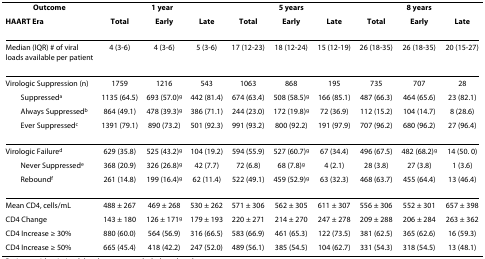
<table><thead><tr><td><b>Outcome</b></td><td colspan="3"><b>1 year</b></td><td colspan="3"><b>5 years</b></td><td colspan="3"><b>8 years</b></td></tr><tr><td><b>HAART Era</b></td><td><b>Total</b></td><td><b>Early</b></td><td><b>Late</b></td><td><b>Total</b></td><td><b>Early</b></td><td><b>Late</b></td><td><b>Total</b></td><td><b>Early</b></td><td><b>Late</b></td></tr></thead><tbody><tr><td>Median (IQR) # of viral loads available per patient</td><td>4 (3-6)</td><td>4 (3-6)</td><td>5 (3-6)</td><td>17 (12-23)</td><td>18 (12-24)</td><td>15 (12-19)</td><td>26 (18-35)</td><td>26 (18-35)</td><td>20 (15-27)</td></tr><tr><td>Virologic Suppression (n)</td><td>1759</td><td>1216</td><td>543</td><td>1063</td><td>868</td><td>195</td><td>735</td><td>707</td><td>28</td></tr><tr><td> Suppressed<sup>a</sup></td><td>1135 (64.5)</td><td>693 (57.0)<sup>g</sup></td><td>442 (81.4)</td><td>674 (63.4)</td><td>508 (58.5)<sup>g</sup></td><td>166 (85.1)</td><td>487 (66.3)</td><td>464 (65.6)</td><td>23 (82.1)</td></tr><tr><td> Always Suppressed<sup>b</sup></td><td>864 (49.1)</td><td>478 (39.3)<sup>g</sup></td><td>386 (71.1)</td><td>244 (23.0)</td><td>172 (19.8)<sup>g</sup></td><td>72 (36.9)</td><td>112 (15.2)</td><td>104 (14.7)</td><td>8 (28.6)</td></tr><tr><td> Ever Suppressed<sup>c</sup></td><td>1391 (79.1)</td><td>890 (73.2)</td><td>501 (92.3)</td><td>991 (93.2)</td><td>800 (92.2)</td><td>191 (97.9)</td><td>707 (96.2)</td><td>680 (96.2)</td><td>27 (96.4)</td></tr><tr><td>Virologic Failure<sup>d</sup></td><td>629 (35.8)</td><td>525 (43.2)<sup>g</sup></td><td>104 (19.2)</td><td>594 (55.9)</td><td>527 (60.7)<sup>g</sup></td><td>67 (34.4)</td><td>496 (67.5)</td><td>482 (68.2)<sup>g</sup></td><td>14 (50. 0)</td></tr><tr><td> Never Suppressed<sup>e</sup></td><td>368 (20.9)</td><td>326 (26.8)<sup>g</sup></td><td>42 (7.7)</td><td>72 (6.8)</td><td>68 (7.8)<sup>g</sup></td><td>4 (2.1)</td><td>28 (3.8)</td><td>27 (3.8)</td><td>1 (3.6)</td></tr><tr><td> Rebound<sup>f</sup></td><td>261 (14.8)</td><td>199 (16.4)<sup>g</sup></td><td>62 (11.4)</td><td>522 (49.1)</td><td>459 (52.9)<sup>g</sup></td><td>63 (32.3)</td><td>468 (63.7)</td><td>455 (64.4)</td><td>13 (46.4)</td></tr><tr><td>Mean CD4, cells/mL</td><td>488 ± 267</td><td>469 ± 268</td><td>530 ± 262</td><td>571 ± 306</td><td>562 ± 305</td><td>611 ± 307</td><td>556 ± 306</td><td>552 ± 301</td><td>657 ± 398</td></tr><tr><td>CD4 Change</td><td>143 ± 180</td><td>126 ± 171<sup>g</sup></td><td>179 ± 193</td><td>220 ± 271</td><td>214 ± 270</td><td>247 ± 278</td><td>209 ± 288</td><td>206 ± 284</td><td>263 ± 362</td></tr><tr><td>CD4 Increase ≥ 30%</td><td>880 (60.0)</td><td>564 (56.9)</td><td>316 (66.5)</td><td>583 (66.9)</td><td>461 (65.3)</td><td>122 (73.5)</td><td>381 (62.5)</td><td>365 (62.6)</td><td>16 (59.3)</td></tr><tr><td>CD4 Increase ≥ 50%</td><td>665 (45.4)</td><td>418 (42.2)</td><td>247 (52.0)</td><td>489 (56.1)</td><td>385 (54.5)</td><td>104 (62.7)</td><td>331 (54.3)</td><td>318 (54.5)</td><td>13 (48.1)</td></tr></tbody></table>